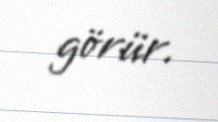
görür.